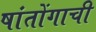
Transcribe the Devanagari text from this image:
षांतोंगाची